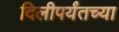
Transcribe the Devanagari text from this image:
दिलीपर्यंतच्या